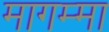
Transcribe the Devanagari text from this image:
मागम्मा